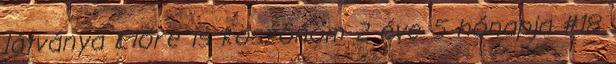
látványa Előre is köszönöm 2 éve 5 hónapja #18